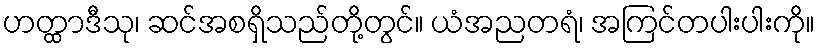
ဟတ္ထာဒီသု၊ ဆင်အစရှိသည်တို့တွင်။ ယံအညတရံ၊ အကြင်တပါးပါးကို။